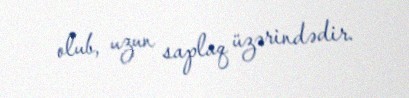
olub, uzun saplaq üzərindədir.